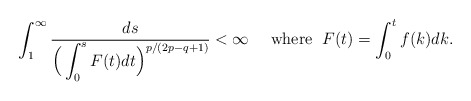
\begin{align*}\int_{1}^\infty\frac{ds}{\Big(\displaystyle \int_0^s F(t)dt \Big)^{p/(2p - q+1)}} <\infty \quad\mbox{ where }\; F(t)=\int_0^t f(k)dk.\end{align*}